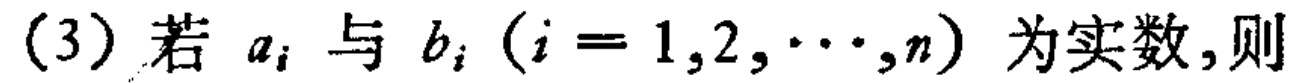
(3) 若 \(a_{i}\) 与 \(b_{i}\) (\(i = 1,2,\cdots,n\)) 为实数,则